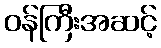
ဝန်ကြီးအဆင့်